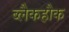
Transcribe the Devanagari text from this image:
ब्लैकहौक